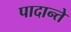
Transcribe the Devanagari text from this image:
पादान्ते